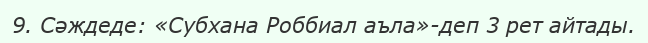
9. Сәждеде: «Субхана Роббиал аъла»-деп 3 рет айтады.